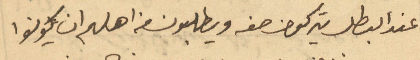
عند البطل يتركون صفه ويطلبون من اهلهم ان يكونوا